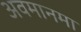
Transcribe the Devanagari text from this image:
अवमानमा